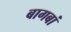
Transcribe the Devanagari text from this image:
बागबां